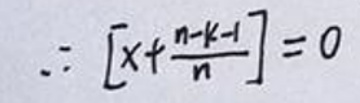
\[
\therefore \left[x + \frac{n - k - 1}{n}\right]=0
\]